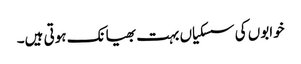
خوابوں کی سسکیاں بہت بھیانک ہوتی ہیں۔